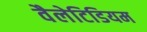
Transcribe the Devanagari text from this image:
वैलेटिडियम